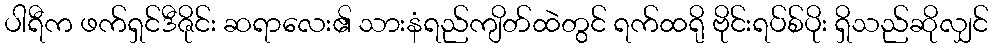
ပါရီက ဖက်ရှင်ဒီဇိုင်း ဆရာလေး၏ သားနံရည်ကျိတ်ထဲတွင် ရက်ထရို ဗိုင်းရပ်စ်ပိုး ရှိသည်ဆိုလျှင်